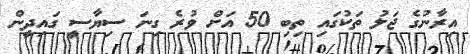
އިރާނުގެ ޖަލު ތަކުގައި ތިބި 50 އަށް ވުރެ ގިނަ ސިޔާސީ ގައިދީން